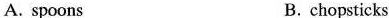
A. spoons B. chopsticks